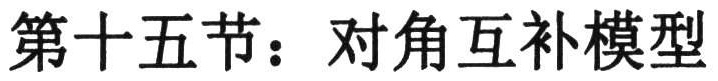
第十五节：对角互补模型